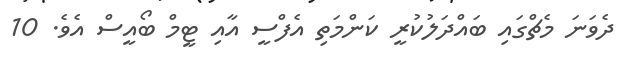
ދެވަނަ މެޗްގައި ބައްދަލުކުރީ ކަންމަތި އެފްސީ އާއި ޓީމް ބޯއީސް އެވެ. 10